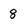
Character: 8